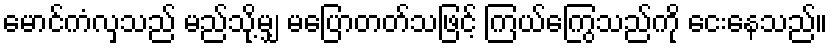
မောင်ကံလှသည် မည်သို့မျှ မပြောတတ်သဖြင့် ကြယ်ကြွေသည်ကို ငေးနေသည်။